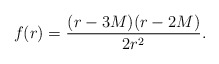
\begin{align*}f(r)={}&\frac{(r - 3 M) (r - 2 M)}{2 r^2}.\end{align*}